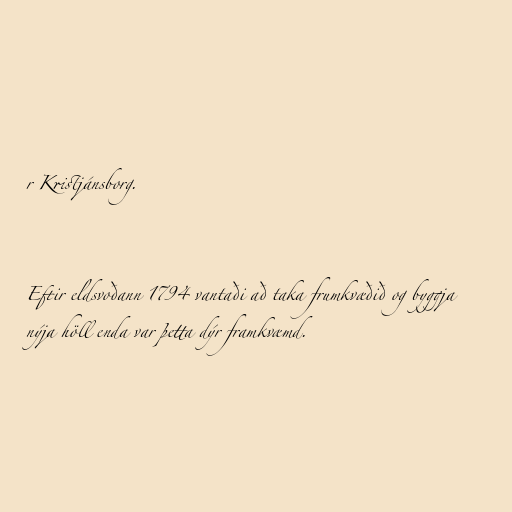
r Kristjánsborg.

Eftir eldsvoðann 1794 vantaði að taka frumkvæðið og byggja
nýja höll enda var þetta dýr framkvæmd.